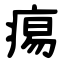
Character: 痬